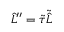
\hat { L } ^ { \prime \prime } = \tilde { \tau } \tilde { \hat { L } }